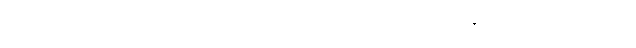
စ၊ ခဲသည်၏ အဖြစ်ကြောင့်လည်းကောင်း။ အရူပဓမ္မေသု၊ နာမ်တရားတို့၌။ သမ္မောဟော၊